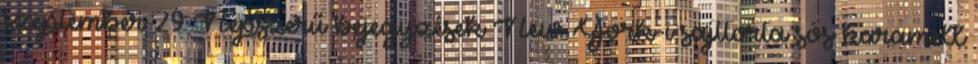
szeptember 29 Népszerű bejegyzések New York-i sajttorta sós karamell